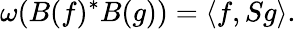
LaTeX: \omega(B(f)^{*}B(g))=\langle f,Sg\rangle.